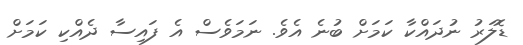
ޑޮލަރު ނުދައްކާ ކަމަށް ބުނެ އެވެ. ނަމަވެސް އެ ފައިސާ ދެއްކި ކަމަށް